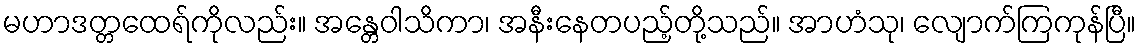
မဟာဒတ္တထေရ်ကိုလည်း။ အန္တေဝါသိကာ၊ အနီးနေတပည့်တို့သည်။ အာဟံသု၊ လျောက်ကြကုန်ပြီ။